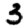
Digit: 3